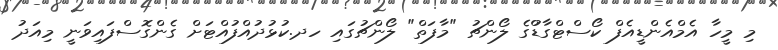
މި މީހާ އެމްއެންޑީއެފް ކޯސްޓްގާޑްުގެ ލޯންޗު "މާފަތް" ލޯންޗުގައި ހދ.ކުޅުދުއްފުއްޓަށް ގެންގޮސްފައިވަނީ މިއަދު